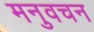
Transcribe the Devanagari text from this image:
मनुवचन